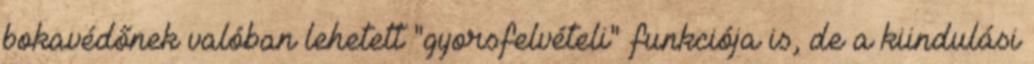
bokavédőnek valóban lehetett "gyorsfelvételi" funkciója is, de a kiindulási